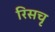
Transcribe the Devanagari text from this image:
रिसचृ